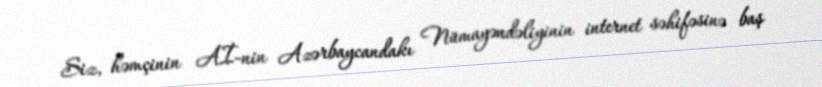
Siz, həmçinin Aİ-nin Azərbaycandakı Nümayəndəliyinin internet səhifəsinə baş